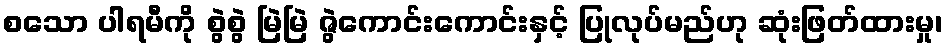
စသော ပါရမီကို စွဲစွဲ မြဲမြဲ ဇွဲကောင်းကောင်းနှင့် ပြုလုပ်မည်ဟု ဆုံးဖြတ်ထားမှု၊